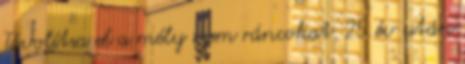
Távolítsa el a mély szem ráncokat. 25 év után